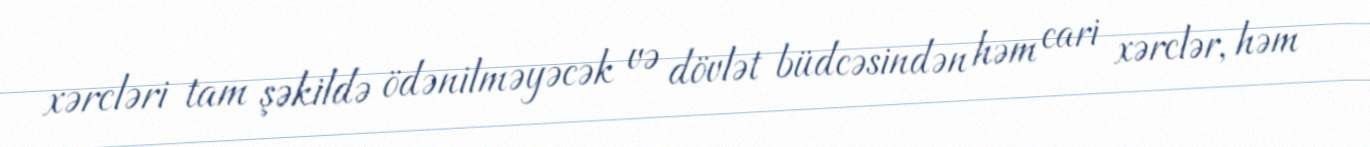
xərcləri tam şəkildə ödənilməyəcək və dövlət büdcəsindən həm cari xərclər, həm